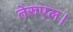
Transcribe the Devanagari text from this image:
तेरुएल।